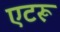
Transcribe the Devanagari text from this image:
एटरू